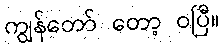
ကျွန်တော် တော့ ဝပြီ။